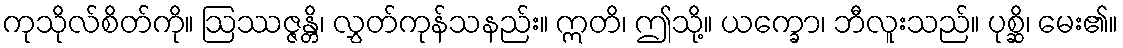
ကုသိုလ်စိတ်ကို။ ဩဿဇ္ဇန္တိ၊ လွှတ်ကုန်သနည်း။ ဣတိ၊ ဤသို့။ ယက္ခော၊ ဘီလူးသည်။ ပုစ္ဆိ၊ မေး၏။